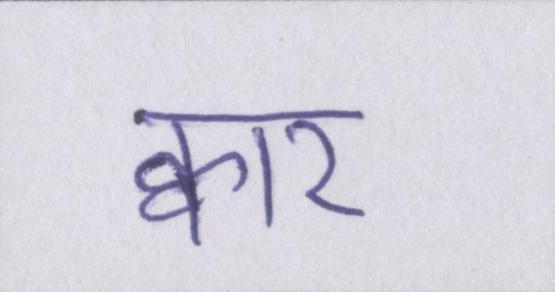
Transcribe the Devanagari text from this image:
क्वार